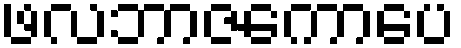
ဖလဘာဇကောပေ